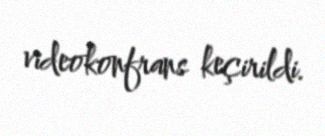
videokonfrans keçirildi.